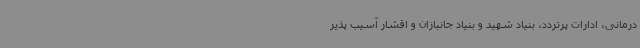
درمانی، ادارات پرتردد، بنیاد شهید و بنیاد جانبازان و اقشار آسیب پذیر